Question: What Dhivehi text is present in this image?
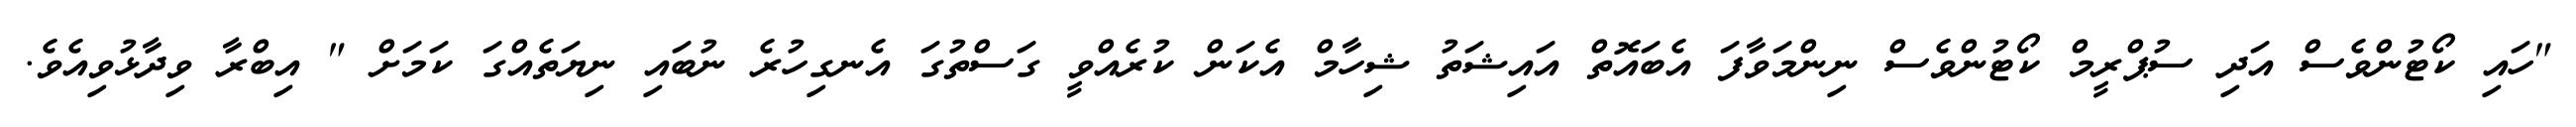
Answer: "ހައި ކޯޓުންވެސް އަދި ސުޕްރީމް ކޯޓުންވެސް ނިންމަވާފަ އެބައޮތް އައިޝަތު ޝިހާމް އެކަން ކުރެއްވީ ގަސްތުގަ އެނގިހުރެ ނުބައި ނިޔަތެއްގަ ކަމަށް " އިބްރާ ވިދާޅުވިއެވެ.